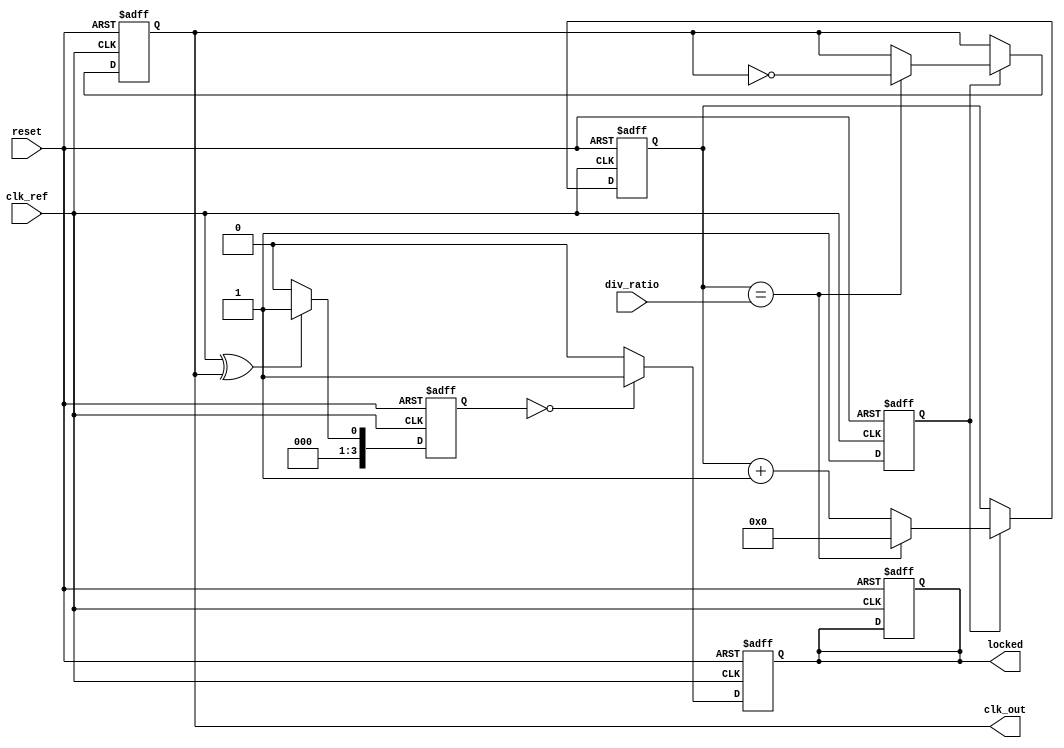
module high_performance_PLL (
    input wire clk_ref,          // Input reference clock
    input wire reset,            // Reset signal
    input wire [3:0] div_ratio,  // Feedback divider ratio (4-bit for example)
    output reg clk_out,          // Output clock
    output reg locked            // Lock detection signal
);

// Parameters
parameter VCO_MAX_FREQ = 200;  // Maximum VCO frequency (in MHz)
parameter VCO_MIN_FREQ = 50;   // Minimum VCO frequency (in MHz)
parameter LOOP_FILTER_GAIN = 1; // Loop filter gain for control voltage

// Internal signals
reg [3:0] phase_error;          // Phase error signal from phase detector
reg [7:0] control_voltage;      // Control voltage for VCO
reg [7:0] vco_freq;             // Current VCO frequency
reg [3:0] feedback_counter;      // Feedback counter for divider
reg vco_enable;                 // VCO enable signal

// Phase Detector (simple XOR implementation)
always @(posedge clk_ref or posedge reset) begin
    if (reset) begin
        phase_error <= 0;
    end else begin
        // Phase comparison logic (simplified)
        phase_error <= (clk_ref ^ clk_out) ? 1 : 0; // Example phase detection
    end
end

// Loop Filter (simple proportional filter)
always @(posedge clk_ref or posedge reset) begin
    if (reset) begin
        control_voltage <= 0;
    end else begin
        control_voltage <= control_voltage + (phase_error * LOOP_FILTER_GAIN);
        // Clamp control voltage to VCO range
        if (control_voltage > VCO_MAX_FREQ) control_voltage <= VCO_MAX_FREQ;
        if (control_voltage < VCO_MIN_FREQ) control_voltage <= VCO_MIN_FREQ;
    end
end

// VCO (simple frequency control based on control voltage)
always @(posedge clk_ref or posedge reset) begin
    if (reset) begin
        vco_freq <= VCO_MIN_FREQ; // Start at minimum frequency
        vco_enable <= 0;
    end else begin
        // Adjust VCO frequency based on control voltage
        vco_freq <= control_voltage;
        vco_enable <= 1; // Enable VCO
    end
end

// Feedback Divider
always @(posedge clk_ref or posedge reset) begin
    if (reset) begin
        feedback_counter <= 0;
        clk_out <= 0;
        locked <= 0;
    end else if (vco_enable) begin
        feedback_counter <= feedback_counter + 1;
        if (feedback_counter == div_ratio) begin
            clk_out <= ~clk_out; // Toggle output clock
            feedback_counter <= 0; // Reset counter
        end
    end
end

// Lock Detection (simple phase relationship check)
always @(posedge clk_ref or posedge reset) begin
    if (reset) begin
        locked <= 0;
    end else begin
        // Simple lock detection logic (for demonstration)
        if (phase_error == 0) begin
            locked <= 1; // PLL is locked
        end else begin
            locked <= 0; // PLL is not locked
        end
    end
end

endmodule